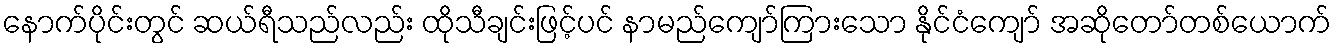
နောက်ပိုင်းတွင် ဆယ်ရီသည်လည်း ထိုသီချင်းဖြင့်ပင် နာမည်ကျော်ကြားသော နိုင်ငံကျော် အဆိုတော်တစ်ယောက်